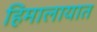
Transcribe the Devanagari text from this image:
हिमालायात